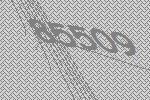
85509